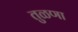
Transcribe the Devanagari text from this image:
तुळणा